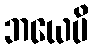
ဘယေပိ